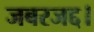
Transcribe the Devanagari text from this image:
जबरजद्द।